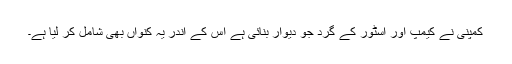
کمپنی نے کیمپ اور اسٹور کے گرد جو دیوار بنائی ہے اس کے اندر یہ کنواں بھی شامل کر لیا ہے۔